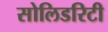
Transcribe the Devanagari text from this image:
सोलिडरिटी